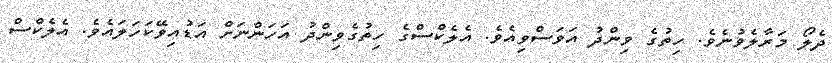
ދެލޯ މަރާލެވުނެވެ. ހިތުގެ ވިންދު އަވަސްވިއެވެ. އެލެކްސްގެ ހިތުގެވިންދު އަހަންނަށް އަޑުއިވޭކަހަލައެވެ. އެލެކްސް